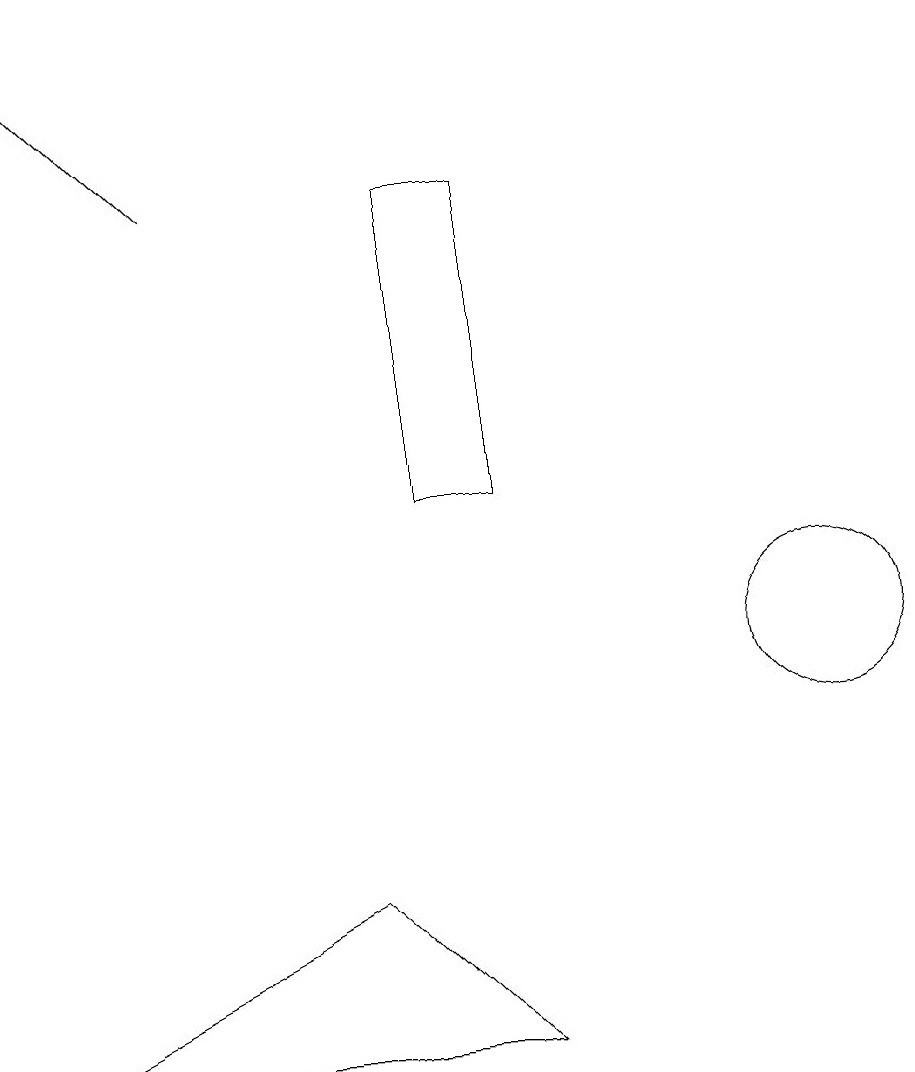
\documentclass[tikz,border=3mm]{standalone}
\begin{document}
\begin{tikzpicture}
\draw (7,16) rectangle (6,12);
\draw (5,7) -- (7,5) -- (1,5) -- cycle;
\draw (11,10) circle (1);
\draw[->] (3,16) -- (1,18);
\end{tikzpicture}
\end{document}